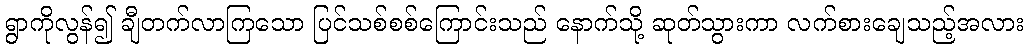
ရွာကိုလွန်၍ ချီတက်လာကြသော ပြင်သစ်စစ်ကြောင်းသည် နောက်သို့ ဆုတ်သွားကာ လက်စားချေသည့်အလား